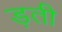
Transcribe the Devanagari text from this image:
ड़ती